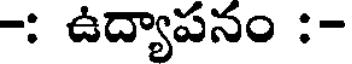
-: ఉద్యాపనం :-